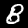
Digit: 8